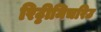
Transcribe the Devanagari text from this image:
रिट्ठीमिचरिउ